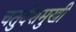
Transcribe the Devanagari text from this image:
चतुर्दशमुखी